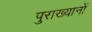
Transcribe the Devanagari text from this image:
पुराख्यानों